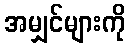
အမျှင်များကို